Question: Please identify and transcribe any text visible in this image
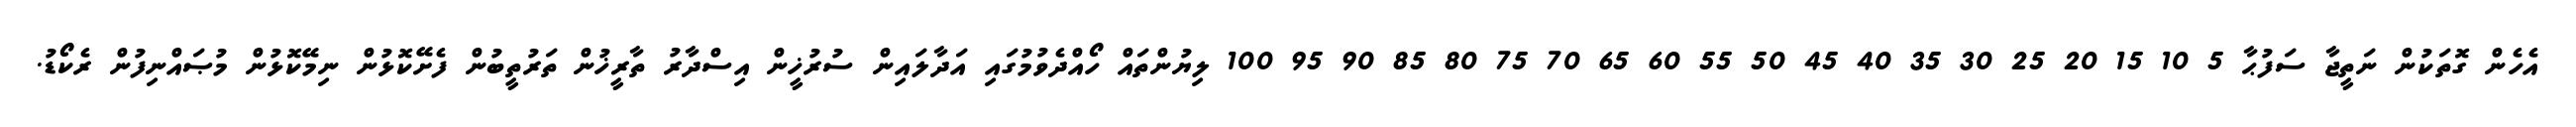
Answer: އެހެން ގޮތަކުން ނަތީޖާ ސަފުޙާ 5 10 15 20 25 30 35 40 45 50 55 60 65 70 75 80 85 90 95 100 ލިޔުންތައް ހޯއްދެވުމުގައި އަދާލައިން ސުރުޚީން އިސްދާރު ތާރީޚުން ތަރުތީބުން ފެށޭކޮޅުން ނިމޭކޮޅުން މުޞައްނިފުން ރެކޯޑު.